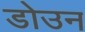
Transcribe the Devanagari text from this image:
डोउन